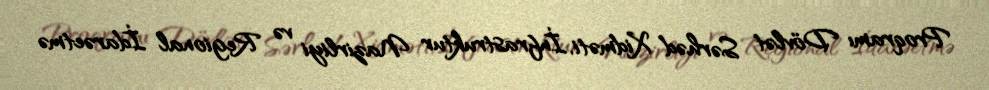
Proqramı Dövlət Sərhəd Xidməti, İnfrastruktur Nazirliyi və Regional İdarəetmə